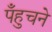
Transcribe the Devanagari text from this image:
पँहुचने